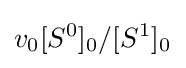
v_{0}[S^{0}]_{0}/[S^{1}]_{0^{}}